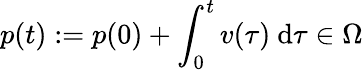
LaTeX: p(t):=p(0)+\int_{0}^{t}v(\tau)\ \mathrm{d}\tau\in\Omega